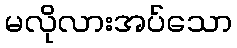
မလိုလားအပ်သော